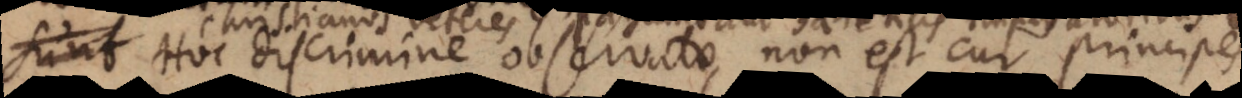
Hoc discrimine observato, non est cur principes